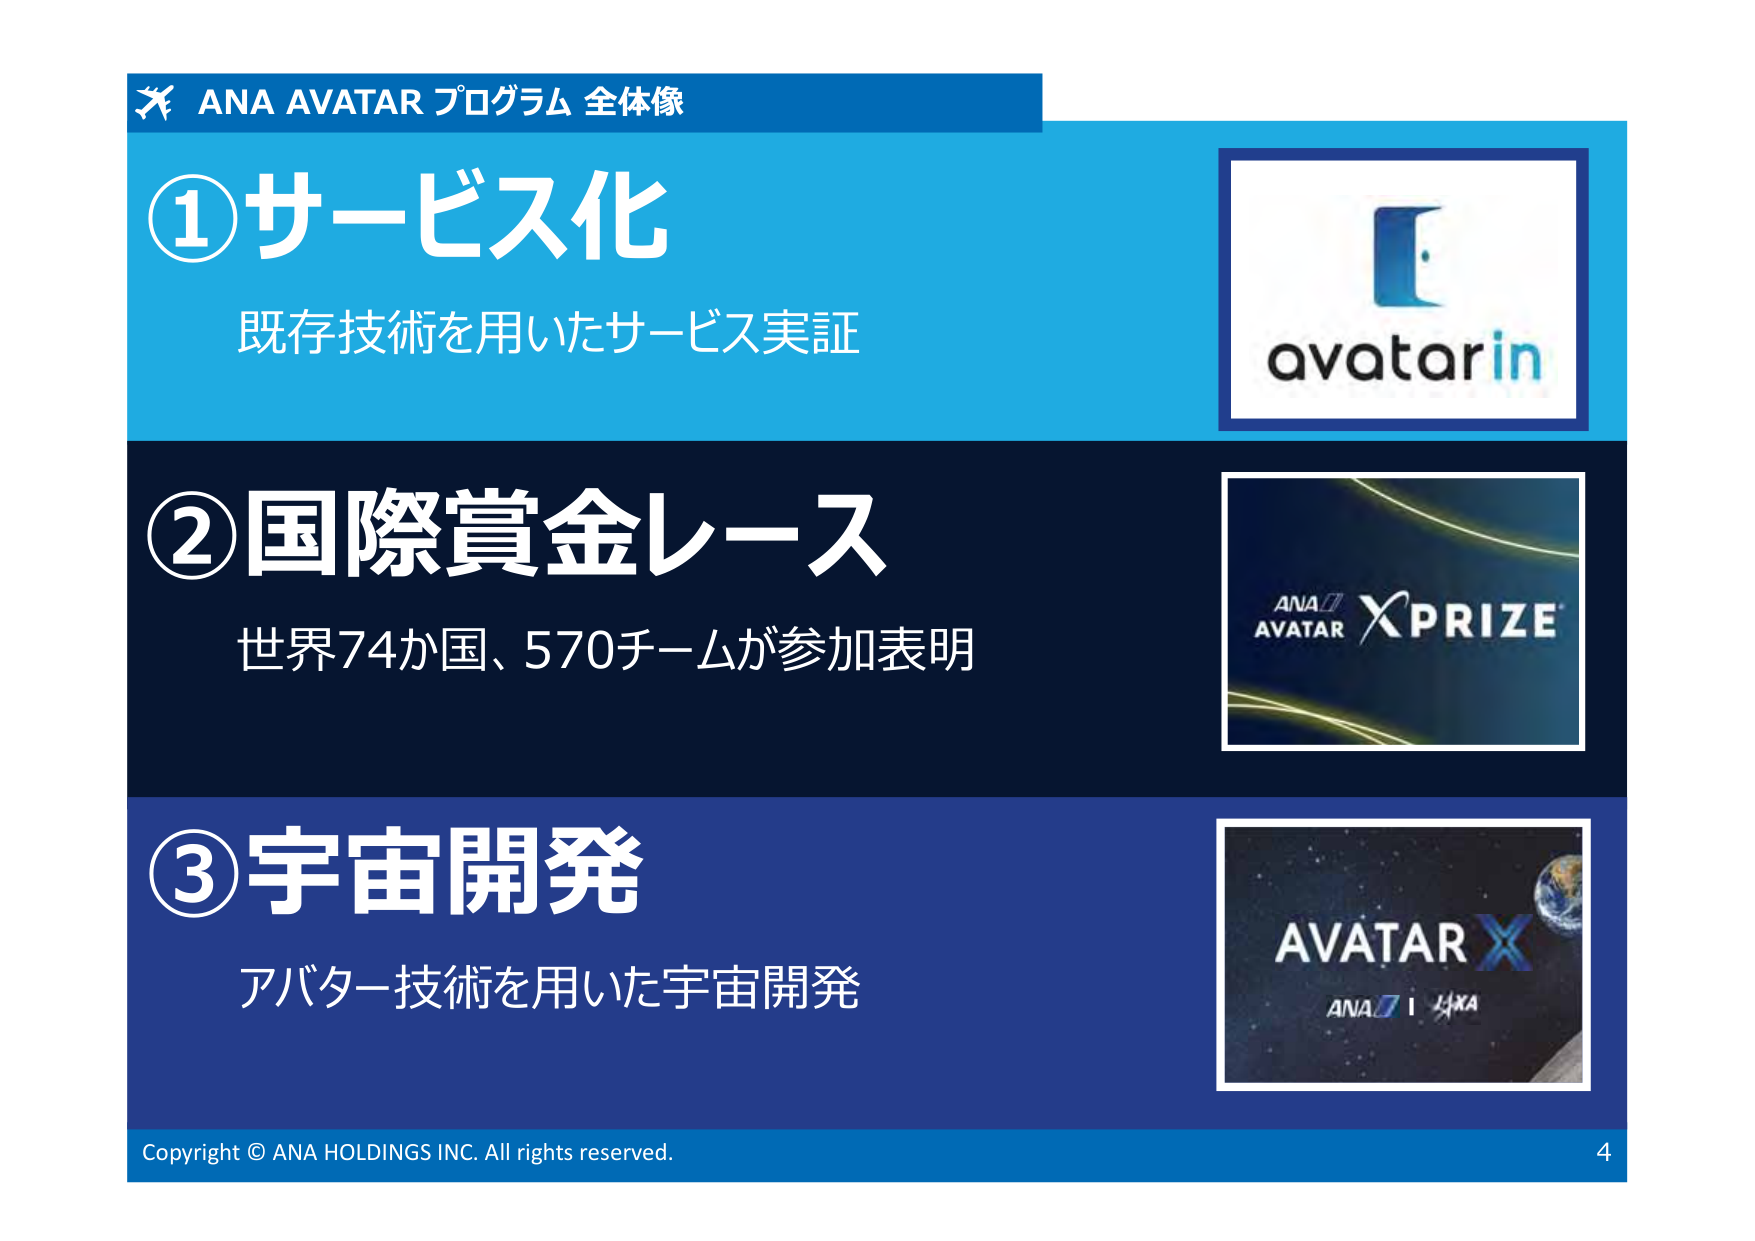
ANA AVATAR プログラム 全体像
①サービス化
既存技術を用いたサービス実証
avatarin
②国際賞金レース
世界74か国、570チームが参加表明
ANA AVATAR XPRIZE
③宇宙開発
アバター技術を用いた宇宙開発
AVATAR X
ANA | JAXA
Copyright © ANA HOLDINGS INC. All rights reserved.
4